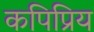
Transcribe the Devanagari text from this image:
कपिप्रिय